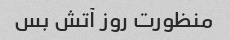
منظورت روز آتش بس